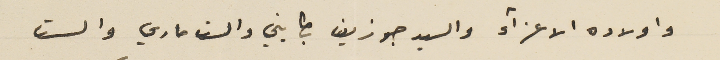
واولاده الاعزاء والسيد جوزيف بطايني والست ماري والست